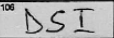
Transcription: DSI